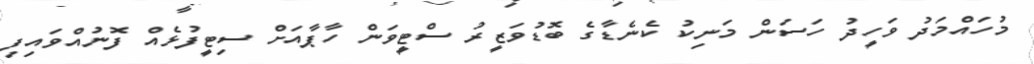
މުހައްމަދު ވަހީދު ހަސަން މަނިކު ކެނެޑާގެ ބޮޑުވަޒީރު ސްޓީވަން ހާޕާއަށް ސިޓީފުޅެއް ފޮނުއްވައިފި